Black-water fever - Number 35
Disease focus: Fever
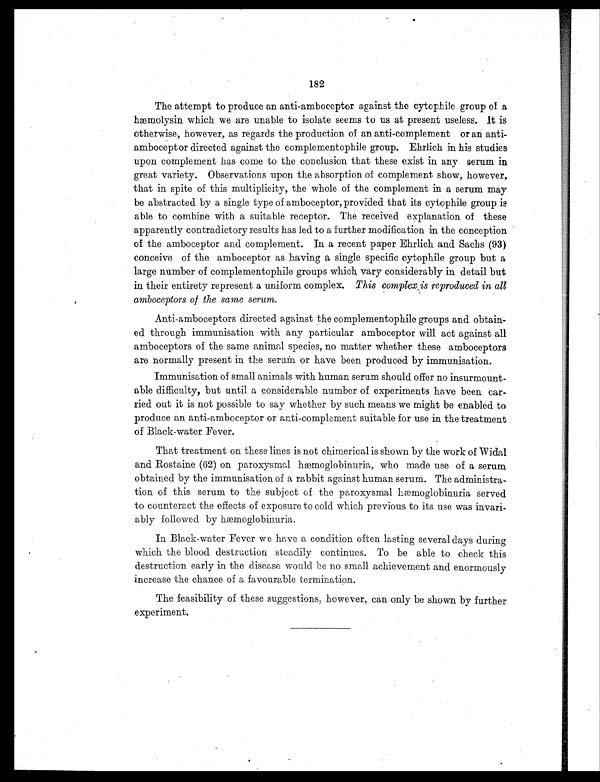
182
The attempt to produce an anti-amboceptor against the cytophile group of a
hæmolysin which we are unable to isolate seems to us at present useless. It is
otherwise, however, as regards the production of an anti-complement or an anti-
amboceptor directed against the complementophile group. Ehrlich in his studies
upon complement has come to the conclusion that these exist in any serum in
great variety. Observations upon the absorption of complement show, however,
that in spite of this multiplicity, the whole of the complement in a serum may
be abstracted by a single type of amboceptor, provided that its cytophile group is
able to combine with a suitable receptor. The received explanation of these
apparently contradictory results has led to a further modification in the conception
of the amboceptor and complement. In a recent paper Ehrlich and Sachs (93)
conceive of the amboceptor as having a single specific cytophile group but a
large number of complementophile groups which, vary considerably in detail but
in their entirety represent a uniform complex. This complex is reproduced in all
amboceptors of the same serum.
Anti-amboceptors directed against the complementophile groups and obtain-
ed through immunisation with any particular amboceptor will act against all
amboceptors of the same animal species, no matter whether these amboceptors
are normally present in the serum or have been produced by immunisation.
Immunisation of small animals with human serum should offer no insurmount-
able difficulty, but until a considerable number of experiments have been car-
ried out it is not possible to say whether by such means we might be enabled to
produce an anti-amboceptor or anti-complement suitable for use in the treatment
of Black-water Fever.
That treatment on these lines is not chimerical is shown by the work of Widal
and Rostaine (62) on paroxysmal hæmoglobinuria, who made use of a serum
obtained by the immunisation of a rabbit against human serum. The administra-
tion of this serum to the subject of the paroxysmal hæmoglobinuria served
to counteract the effects of exposure to cold which previous to its use was invari-
ably followed by hæmoglobinuria.
In Black-water Fever we have a condition often lasting several days during
which the blood destruction steadily continues. To be able to check this
destruction early in the disease would be no small achievement and enormously
increase the chance of a favourable termination.
The feasibility of these suggestions, however, can only be shown by further
experiment.